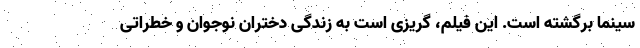
سینما برگشته است. این فیلم، گریزی است به زندگی دختران نوجوان و خطراتی